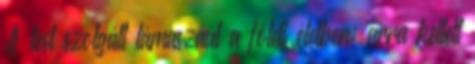
A test szolgált támaszául a földi életben; arra kellett